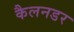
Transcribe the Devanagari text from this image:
कैलनडर